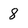
Character: 8